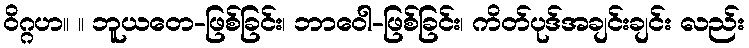
ဝိဂ္ဂဟ။ ။ ဘူယတေ-ဖြစ်ခြင်း၊ ဘာဝေါ-ဖြစ်ခြင်း၊ ကိတ်ပုဒ်အချင်းချင်း လည်း